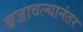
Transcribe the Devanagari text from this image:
बजावल्यानंतर